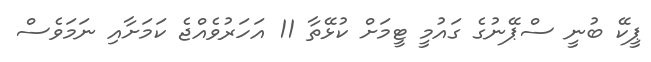
ޕީކޭ ބުނީ ސްޕޭނުގެ ގައުމީ ޓީމަށް ކުޅޭތާ 11 އަހަރުވެއްޖެ ކަމަށާއި ނަމަވެސް